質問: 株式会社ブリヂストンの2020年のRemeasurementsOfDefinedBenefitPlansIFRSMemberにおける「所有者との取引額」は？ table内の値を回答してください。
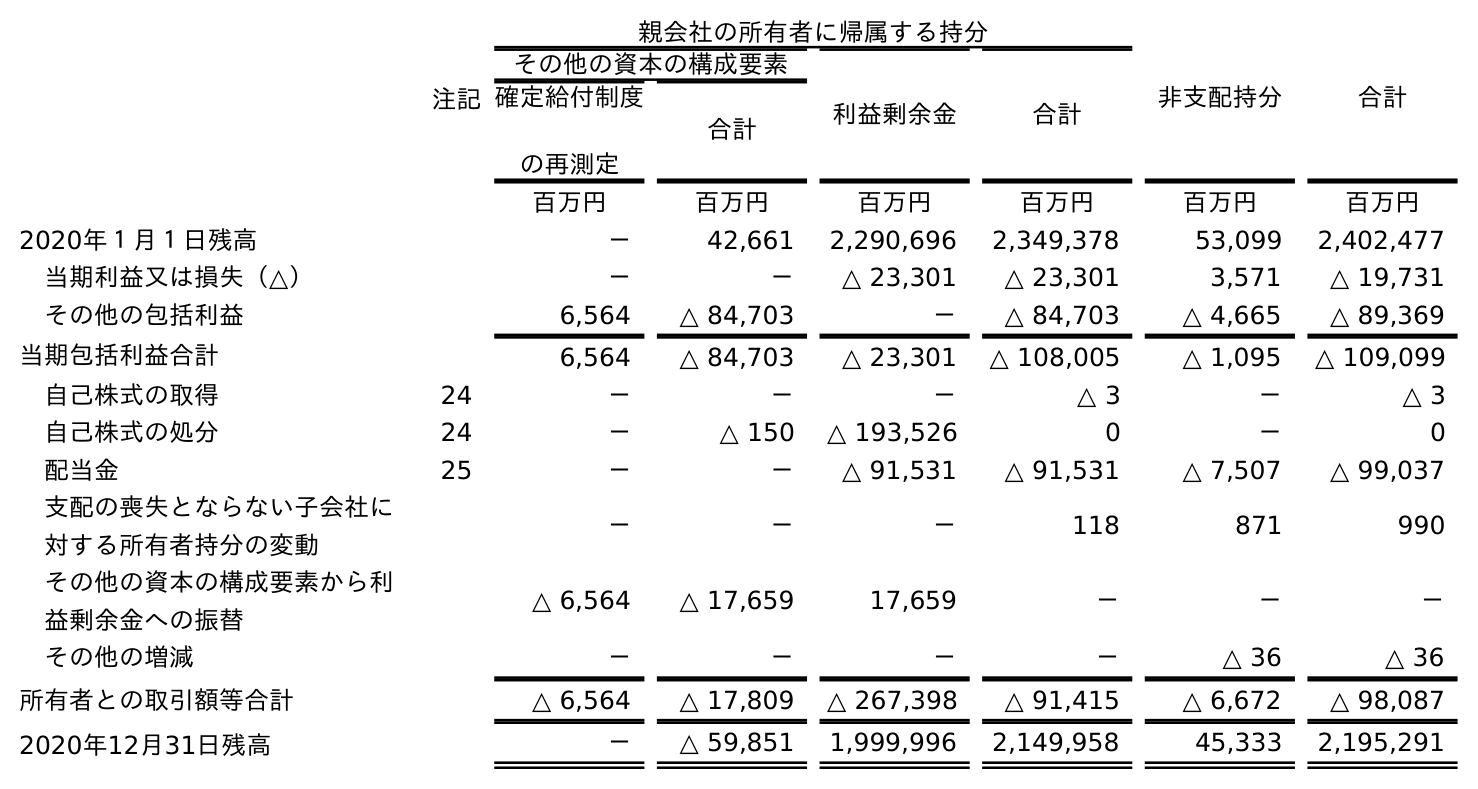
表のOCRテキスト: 注記 親会社の所有者に帰属する持分 非支配持分 合計 その他の資本の構成要素 利益剰余金 合計 確定給付制度 の再測定 合計 百万円 百万円 百万円 百万円 百万円 百万円 2020年１月１日残高 － 42,661 2,290,696 2,349,378 53,099 2,402,477 当期利益又は損失（△） － － △ 23,301 △ 23,301 3,571 △ 19,731 その他の包括利益 6,564 △ 84,703 － △ 84,703 △ 4,665 △ 89,369 当期包括利益合計 6,564 △ 84,703 △ 23,301 △ 108,005 △ 1,095 △ 109,099 自己株式の取得 24 － － － △ 3 － △ 3 自己株式の処分 24 － △ 150 △ 193,526 0 － 0 配当金 25 － － △ 91,531 △ 91,531 △ 7,507 △ 99,037 支配の喪失とならない子会社に 対する所有者持分の変動 － － － 118 871 990 その他の資本の構成要素から利 益剰余金への振替 △ 6,564 △ 17,659 17,659 － － － その他の増減 － － － － △ 36 △ 36 所有者との取引額等合計 △ 6,564 △ 17,809 △ 267,398 △ 91,415 △ 6,672 △ 98,087 2020年12月31日残高 － △ 59,851 1,999,996 2,149,958 45,333 2,195,291
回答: △6,564